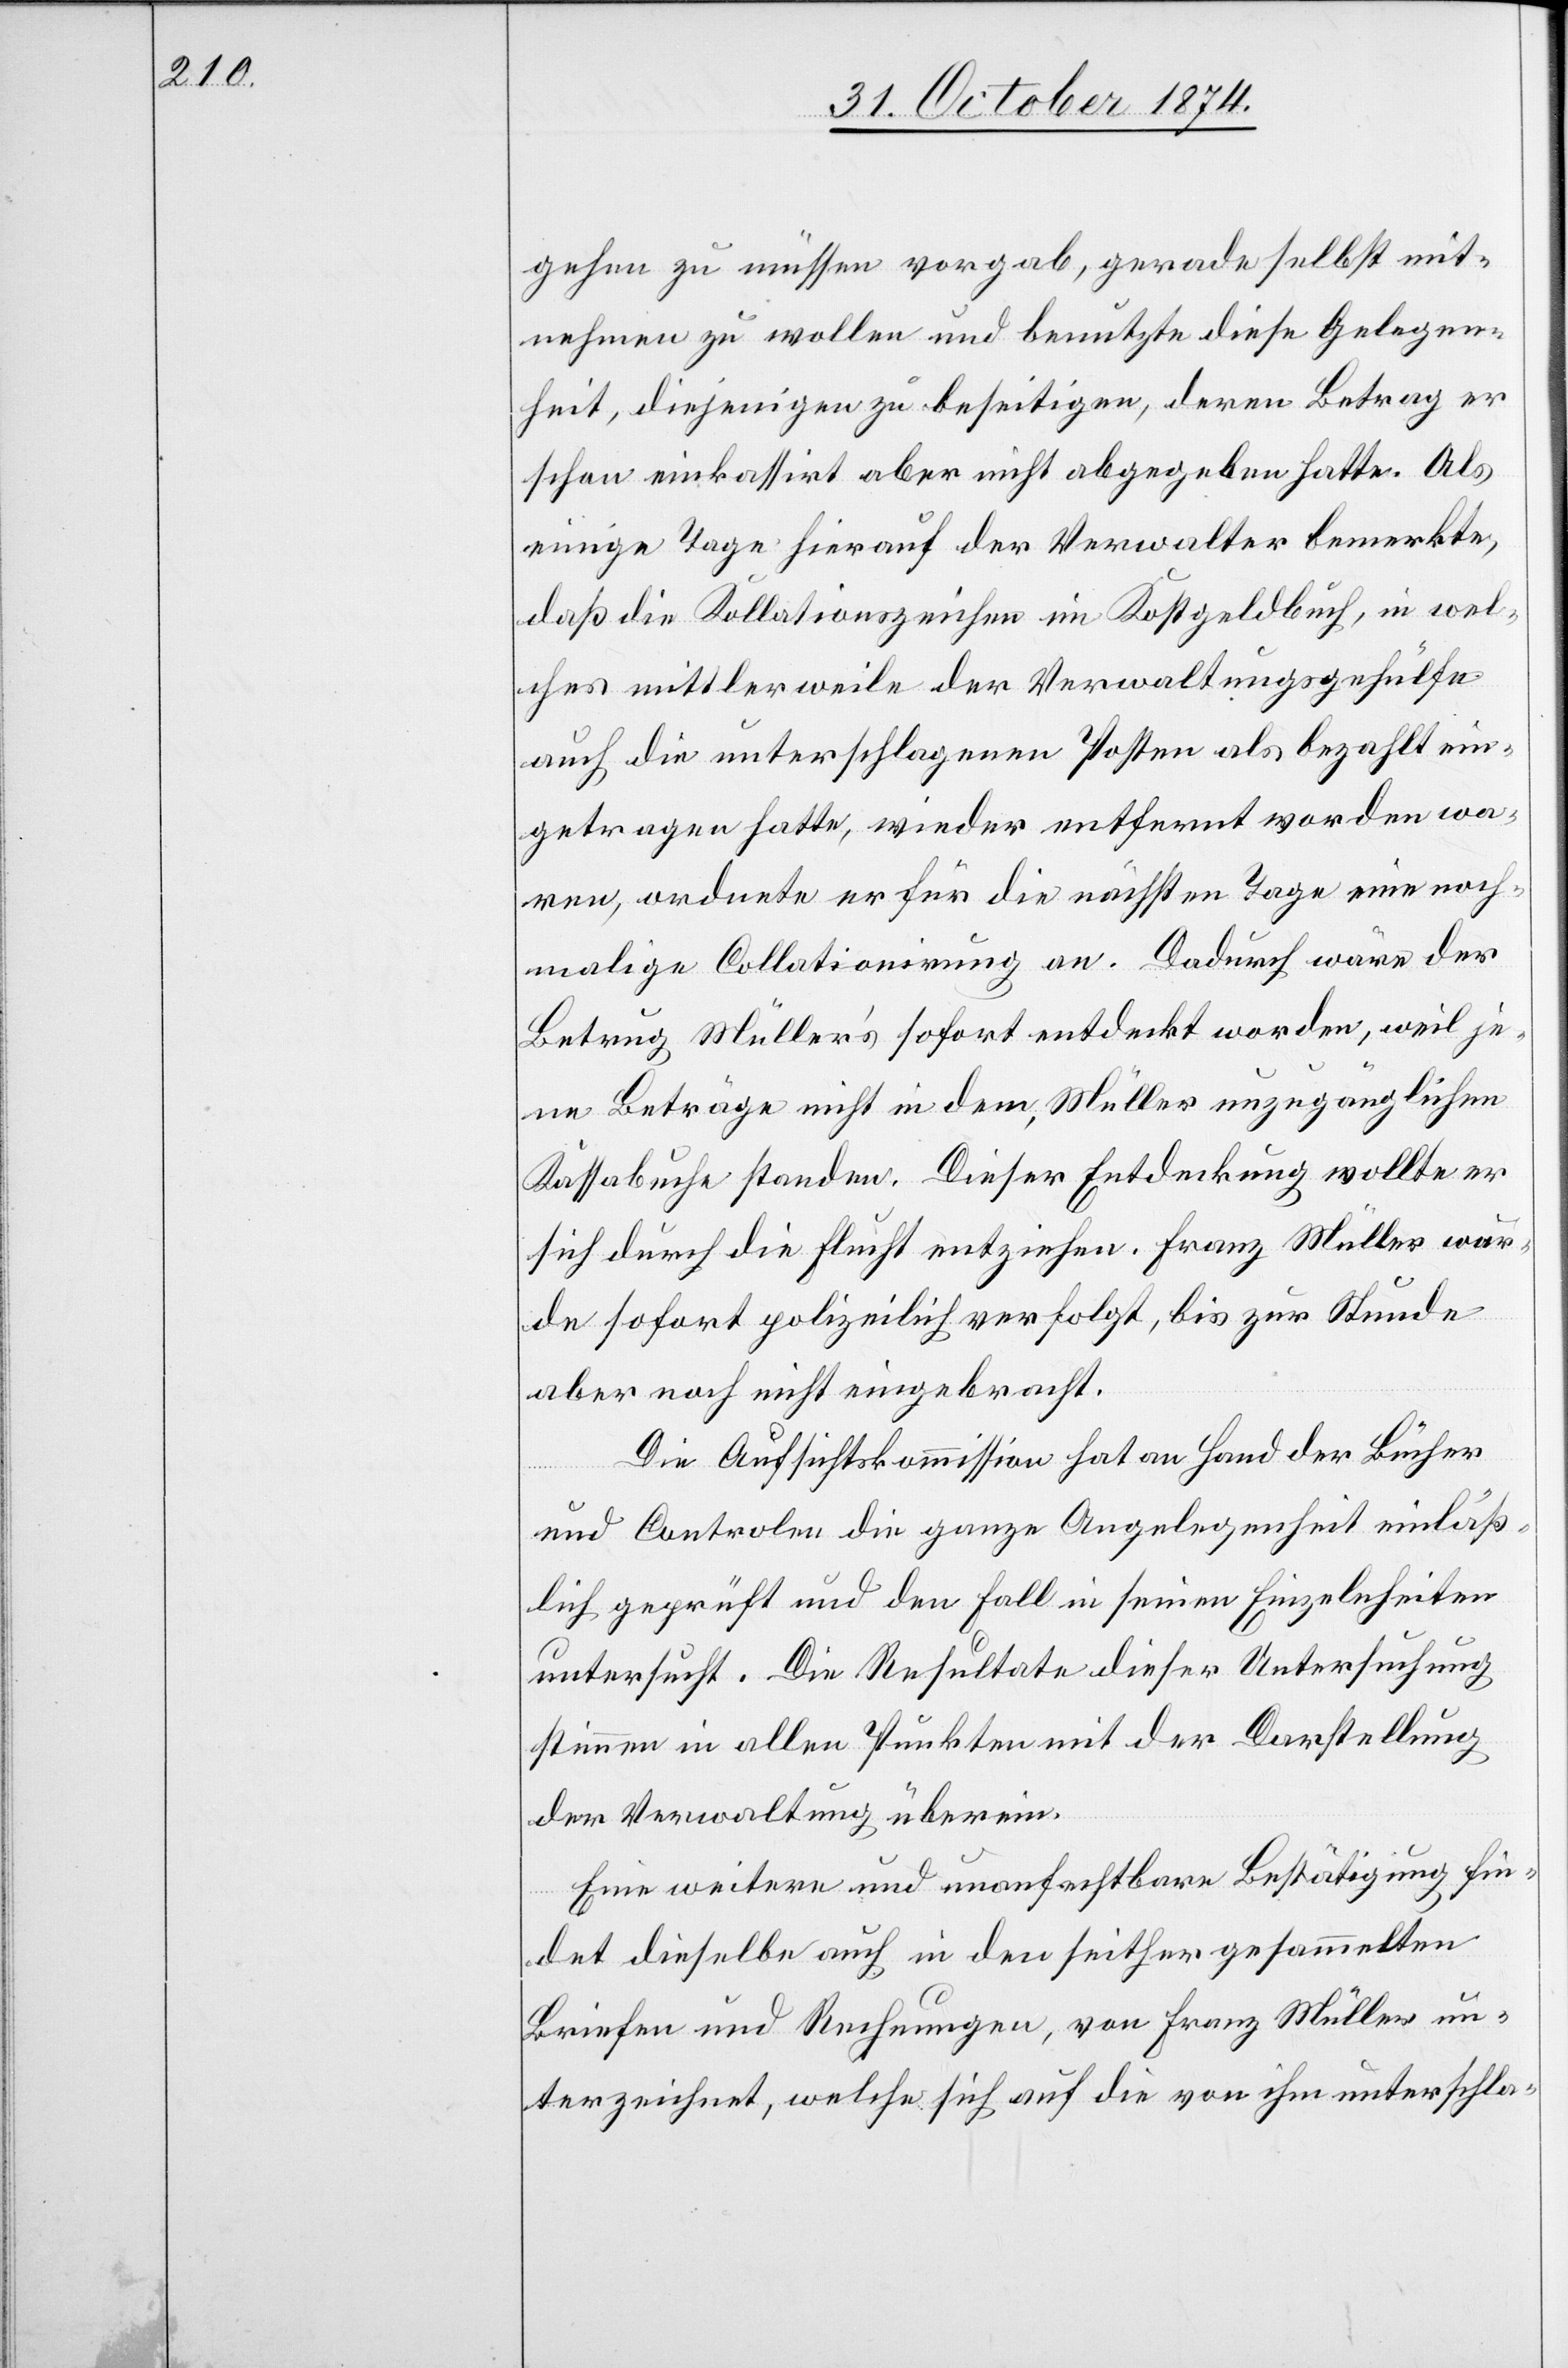
gehen zu müssen vorgab, gerade selbst mit¬
nehmen zu wollen und benutzte diese Gelegen¬
heit, diejenigen zu beseitigen, deren Betrag er
schon einkassirt aber nicht abgegeben hatte. Als
einige Tage hierauf der Verwalter bemerkte,
daß die Kollationszeichen im Kostgeldbuch, in wel¬
ches mittlerweile der Verwaltungsgehülfe
auch die unterschlagenen Posten als bezahlt ein¬
getragen hatte, wieder entfernt worden wa¬
ren, ordnete er für die nächsten Tage eine noch¬
malige Collationirung an. Dadurch wäre der
Betrug Müller’s sofort entdeckt worden, weil je¬
ne Beträge nicht in dem, Müller unzugänglichen
Kassabuche standen. Dieser Entdeckung wollte er
sich durch die Flucht entziehen. Franz Müller wur¬
de sofort polizeilich verfolgt, bis zur Stunde
aber noch nicht eingebracht.
Die Aufsichtskommission hat an Hand der Bücher
und Controlen die ganze Angelegenheit einläß¬
lich geprüft und den Fall in seinen Einzelheiten
untersucht. Die Resultate dieser Untersuchung
stimmen in allen Punkten mit der Darstellung
der Verwaltung überein.
Eine weitere und unanfechtbare Bestätigung fin¬
det dieselbe auch in den seither gesammelten
Briefen und Rechnungen, von Franz Müller un¬
terzeichnet, welche sich auf die von ihm unterschla-